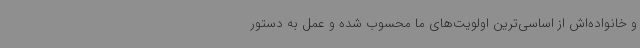
و خانواده‌اش از اساسی‌ترین اولویت‌های ما محسوب شده و عمل به دستور